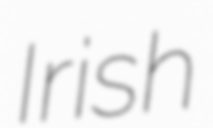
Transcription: Irish